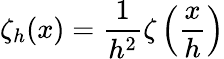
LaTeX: \zeta_{h}(x)=\frac{1}{h^{2}}\zeta\left(\frac{x}{h}\right)